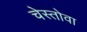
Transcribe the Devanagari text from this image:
चेस्तोवा